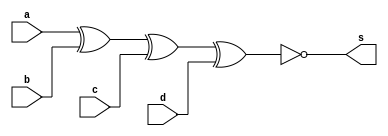

// Guia 01_03 - XNOR
// Nome: Henrique Carvalho Parreira

// ---------------------
// -- xnor gate
// ---------------------

module xnorgate (s, a, b, c, d);
 output s;
 input  a, b, c, d;

 assign s = ~(a ^ b ^ c ^ d);

endmodule // xnorgate


// --------------------------
// -- test xnorgate
// --------------------------

module testxnorgate;
 reg   a, b, c, d;             
 wire  s;
          // instancia
 xnorgate XNOR1 (s, a, b, c, d);

          // parte principal
 initial begin:main
      $display("Guia 01_03 - Henrique CArvalho Parreira - 347133");
      $display("Test XNOR gate");
      $display("\n~(a ^ b ^ c ^ d) = s\n");
      a=0; b=0; c=0; d=0;
  #1  $display("~(%b ^ %b ^ %b ^ %b) = %b", a, b, c, d, s);
      a=0; b=0; c=0; d=1;
  #1  $display("~(%b ^ %b ^ %b ^ %b) = %b", a, b, c, d, s);
      a=0; b=0; c=1; d=0;
  #1  $display("~(%b ^ %b ^ %b ^ %b) = %b", a, b, c, d, s);
      a=0; b=0; c=1; d=1;
  #1  $display("~(%b ^ %b ^ %b ^ %b) = %b", a, b, c, d, s);
      a=0; b=1; c=0; d=0;
  #1  $display("~(%b ^ %b ^ %b ^ %b) = %b", a, b, c, d, s);
      a=0; b=1; c=0; d=1;
  #1  $display("~(%b ^ %b ^ %b ^ %b) = %b", a, b, c, d, s);
      a=0; b=1; c=1; d=0;
  #1  $display("~(%b ^ %b ^ %b ^ %b) = %b", a, b, c, d, s);
      a=0; b=1; c=1; d=1;
  #1  $display("~(%b ^ %b ^ %b ^ %b) = %b", a, b, c, d, s);
      a=1; b=0; c=0; d=0;
  #1  $display("~(%b ^ %b ^ %b ^ %b) = %b", a, b, c, d, s);
      a=1; b=0; c=0; d=1;
  #1  $display("~(%b ^ %b ^ %b ^ %b) = %b", a, b, c, d, s);
      a=1; b=0; c=1; d=0;
  #1  $display("~(%b ^ %b ^ %b ^ %b) = %b", a, b, c, d, s);
      a=1; b=0; c=1; d=1;
  #1  $display("~(%b ^ %b ^ %b ^ %b) = %b", a, b, c, d, s);
      a=1; b=1; c=0; d=0;
  #1  $display("~(%b ^ %b ^ %b ^ %b) = %b", a, b, c, d, s);
      a=1; b=1; c=0; d=1;
  #1  $display("~(%b ^ %b ^ %b ^ %b) = %b", a, b, c, d, s);
      a=1; b=1; c=1; d=0;
  #1  $display("~(%b ^ %b ^ %b ^ %b) = %b", a, b, c, d, s);
      a=1; b=1; c=1; d=1;
  #1  $display("~(%b ^ %b ^ %b ^ %b) = %b", a, b, c, d, s);  
  
 end

endmodule // testxnorgate